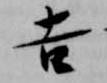
吉